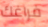
فراغك